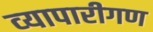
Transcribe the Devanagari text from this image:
व्‍यापारीगण